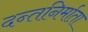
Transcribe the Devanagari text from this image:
दन्तनिर्माता